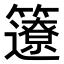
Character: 𥷊